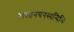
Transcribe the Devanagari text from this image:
भरतनयनस्यन्दिभिः